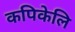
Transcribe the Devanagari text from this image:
कपिकेलि